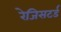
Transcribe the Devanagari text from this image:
रेजिसटर्ड